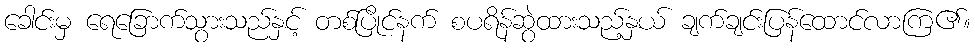
ခေါင်းမှ ရေခြောက်သွားသည်နှင့် တစ်ပြိုင်နက် စပရိန်ဆွဲထားသည့်နှယ် ချက်ချင်းပြန်ထောင်လာကြ၏။